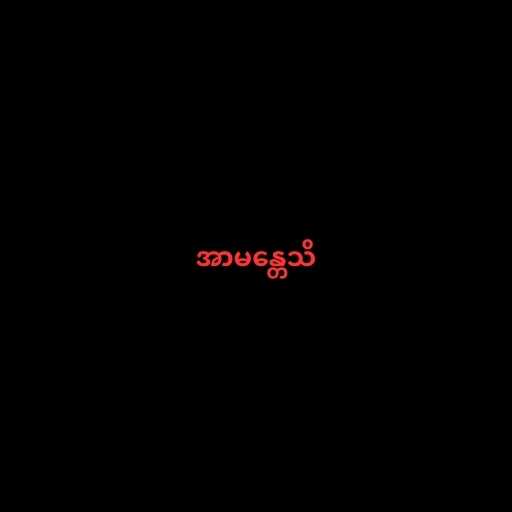
အာမန္တေသိ